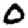
Digit: 0